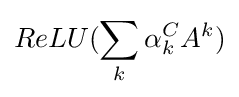
ReLU(\sum _{k}\alpha _{k}^{C}A^{k})